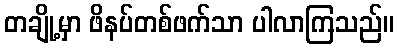
တချို့မှာ ဖိနပ်တစ်ဖက်သာ ပါလာကြသည်။